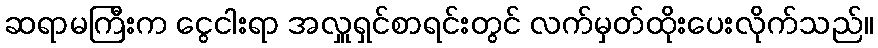
ဆရာမကြီးက ငွေငါးရာ အလှူရှင်စာရင်းတွင် လက်မှတ်ထိုးပေးလိုက်သည်။